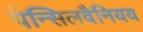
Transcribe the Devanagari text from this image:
पेन्सिलवैनियय